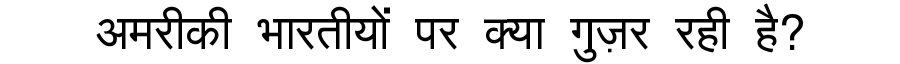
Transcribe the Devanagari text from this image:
अमरीकी भारतीयों पर क्या गुज़र रही है?